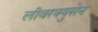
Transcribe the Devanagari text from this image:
लीवरक्युसेन